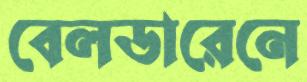
বেলডারেনে